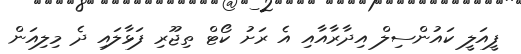
ފީއަލީ ކައުންސިލް އިދާރާއާއި އެ ރަށު ކޯޓް ތިޖޫރި ފަޅާލައި ދެ މިލިއަން